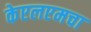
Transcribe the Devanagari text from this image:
केएलएमचा